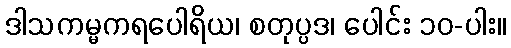
ဒါသကမ္မကရပေါရိယ၊ စတုပ္ပဒ၊ ပေါင်း ၁၀-ပါး။